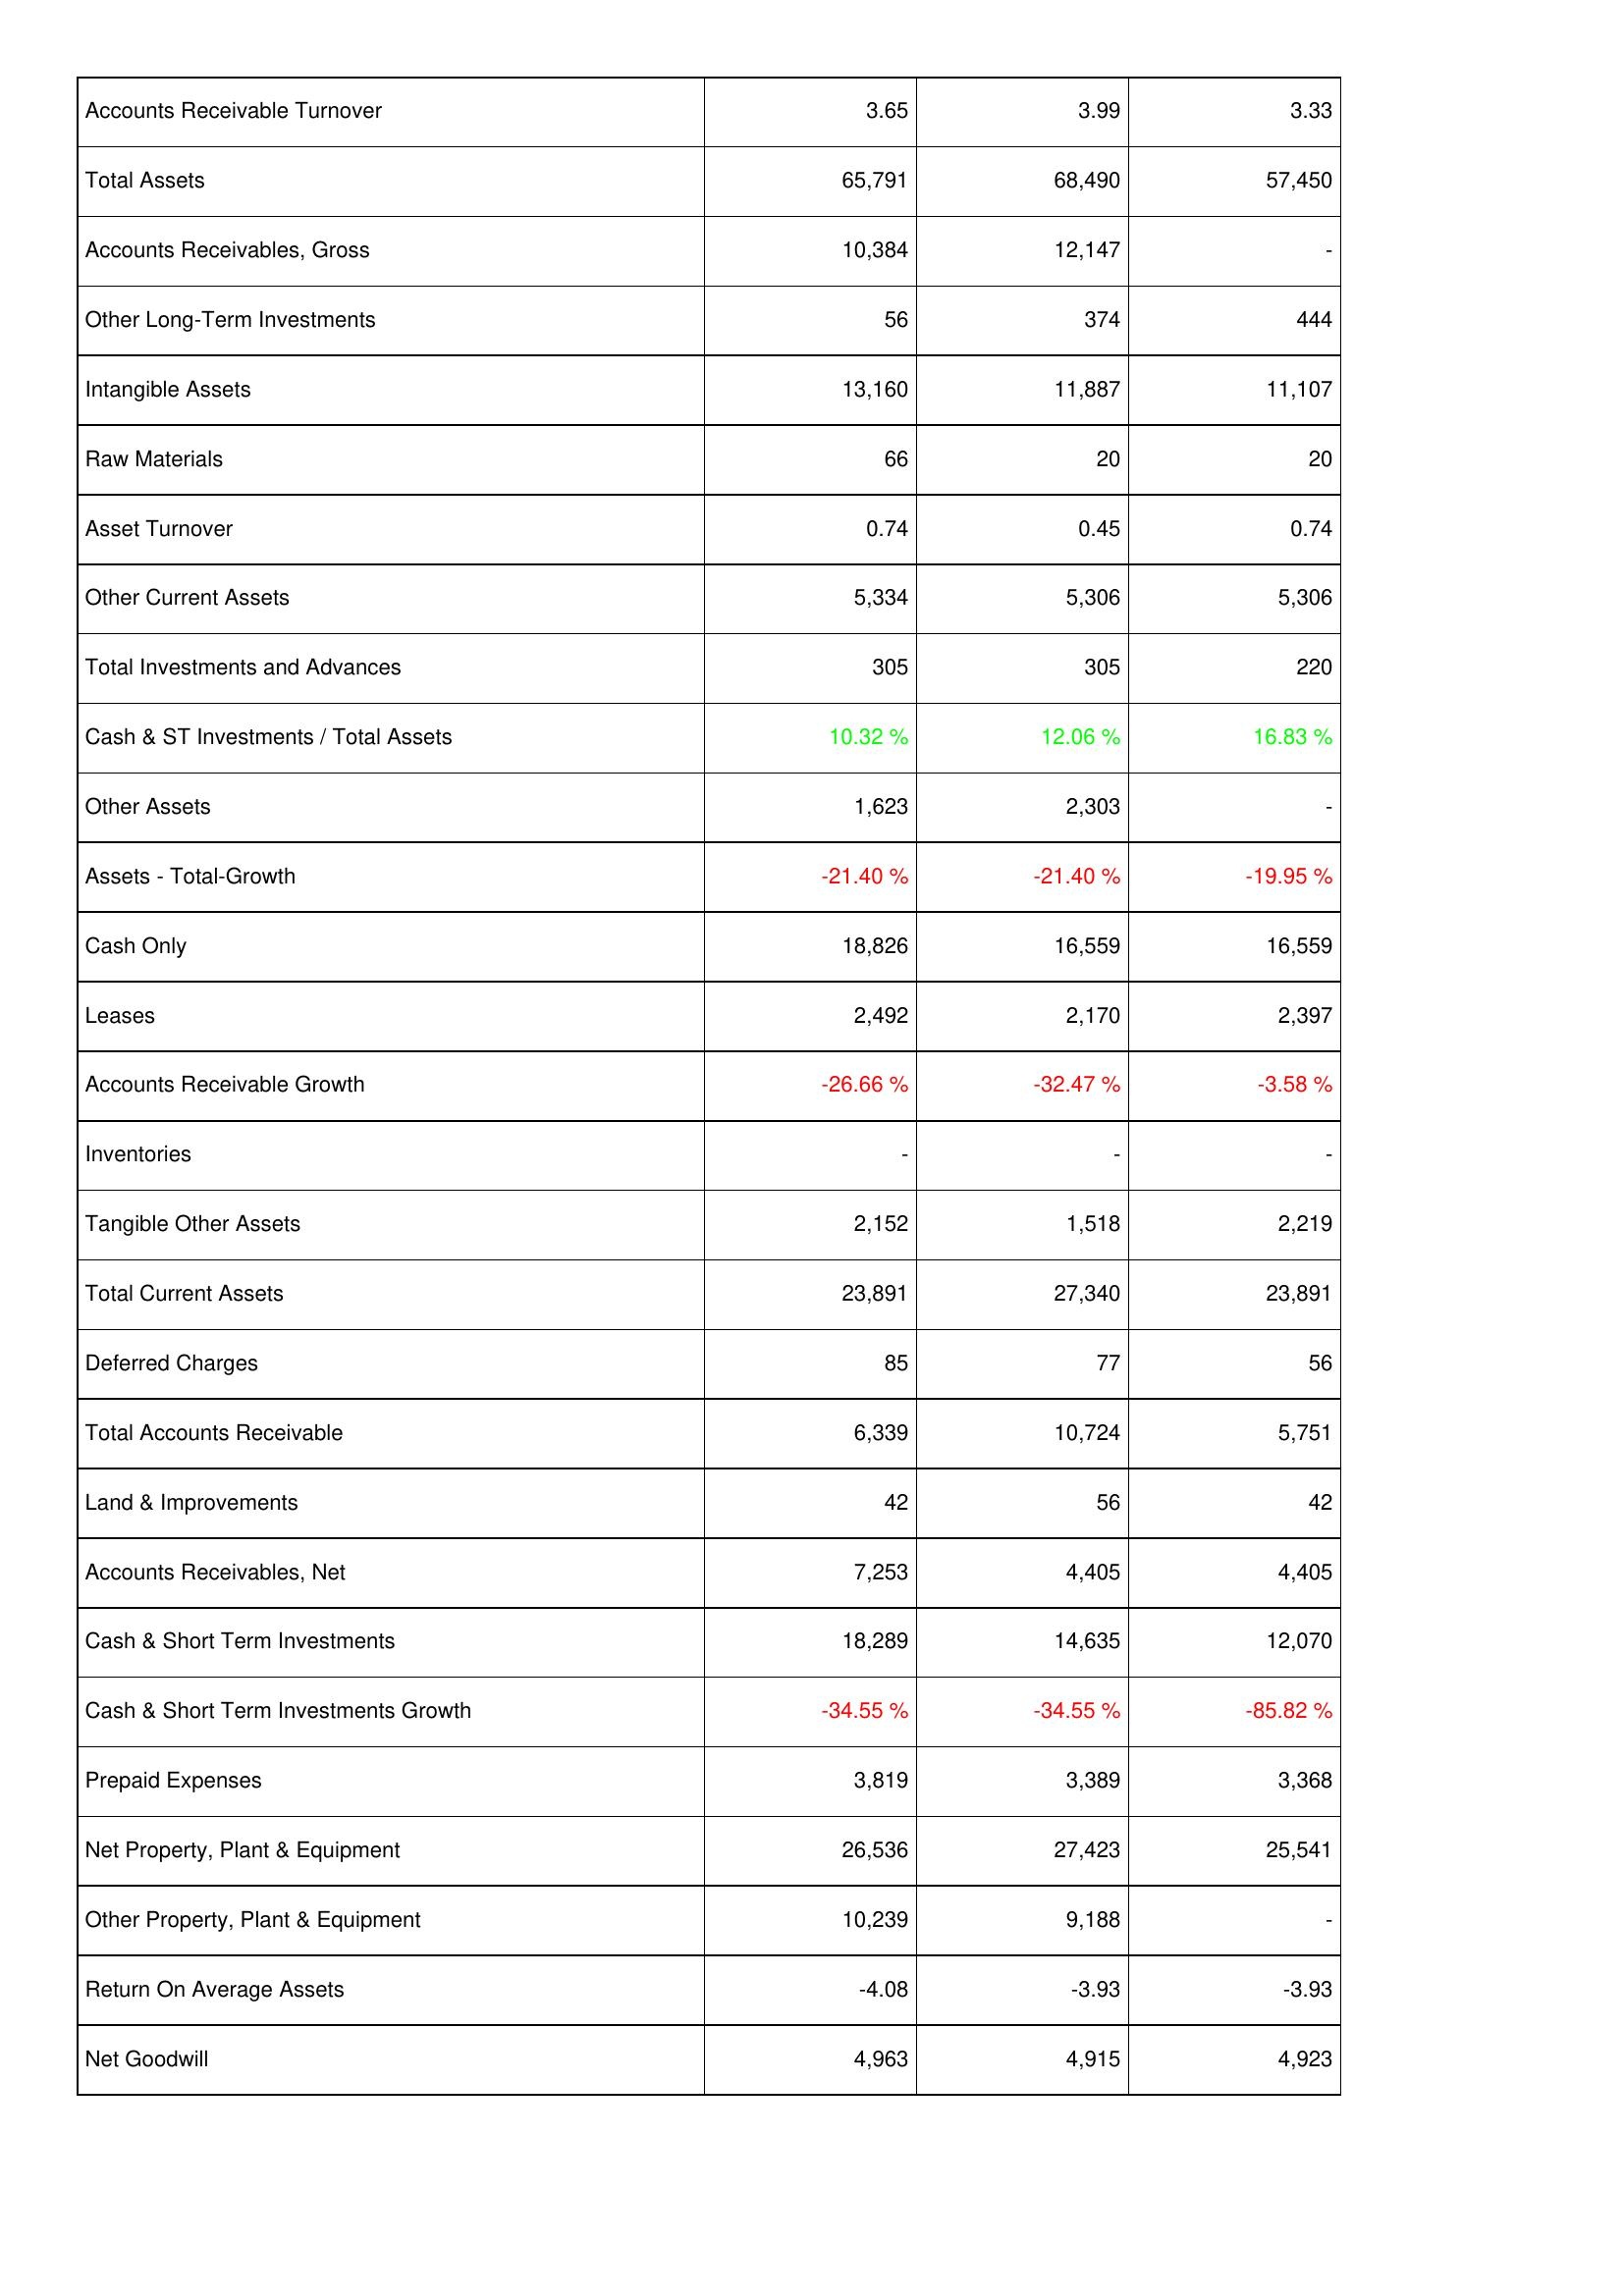
2014: Assets: Accounts Receivable Turnover: 3.65
Total Assets: 65,791
Accounts Receivables, Gross: 10,384
Other Long-Term Investments: 56
Intangible Assets: 13,160
Raw Materials: 66
Asset Turnover: 0.74
Other Current Assets: 5,334
Total Investments and Advances: 305
Cash & ST Investments / Total Assets: 10.32 %
Other Assets: 1,623
Assets - Total-Growth: -21.40 %
Cash Only: 18,826
Leases: 2,492
Accounts Receivable Growth: -26.66 %
Inventories: -
Tangible Other Assets: 2,152
Total Current Assets: 23,891
Deferred Charges: 85
Total Accounts Receivable: 6,339
Land & Improvements: 42
Accounts Receivables, Net: 7,253
Cash & Short Term Investments: 18,289
Cash & Short Term Investments Growth: -34.55 %
Prepaid Expenses: 3,819
Net Property, Plant & Equipment: 26,536
Other Property, Plant & Equipment: 10,239
Return On Average Assets: -4.08
Net Goodwill: 4,963
2013: Assets: Accounts Receivable Turnover: 3.99
Total Assets: 68,490
Accounts Receivables, Gross: 12,147
Other Long-Term Investments: 374
Intangible Assets: 11,887
Raw Materials: 20
Asset Turnover: 0.45
Other Current Assets: 5,306
Total Investments and Advances: 305
Cash & ST Investments / Total Assets: 12.06 %
Other Assets: 2,303
Assets - Total-Growth: -21.40 %
Cash Only: 16,559
Leases: 2,170
Accounts Receivable Growth: -32.47 %
Inventories: -
Tangible Other Assets: 1,518
Total Current Assets: 27,340
Deferred Charges: 77
Total Accounts Receivable: 10,724
Land & Improvements: 56
Accounts Receivables, Net: 4,405
Cash & Short Term Investments: 14,635
Cash & Short Term Investments Growth: -34.55 %
Prepaid Expenses: 3,389
Net Property, Plant & Equipment: 27,423
Other Property, Plant & Equipment: 9,188
Return On Average Assets: -3.93
Net Goodwill: 4,915
2012: Assets: Accounts Receivable Turnover: 3.33
Total Assets: 57,450
Accounts Receivables, Gross: -
Other Long-Term Investments: 444
Intangible Assets: 11,107
Raw Materials: 20
Asset Turnover: 0.74
Other Current Assets: 5,306
Total Investments and Advances: 220
Cash & ST Investments / Total Assets: 16.83 %
Other Assets: -
Assets - Total-Growth: -19.95 %
Cash Only: 16,559
Leases: 2,397
Accounts Receivable Growth: -3.58 %
Inventories: -
Tangible Other Assets: 2,219
Total Current Assets: 23,891
Deferred Charges: 56
Total Accounts Receivable: 5,751
Land & Improvements: 42
Accounts Receivables, Net: 4,405
Cash & Short Term Investments: 12,070
Cash & Short Term Investments Growth: -85.82 %
Prepaid Expenses: 3,368
Net Property, Plant & Equipment: 25,541
Other Property, Plant & Equipment: -
Return On Average Assets: -3.93
Net Goodwill: 4,923